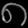
Digit: ၈